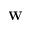
\mathbf { W }